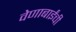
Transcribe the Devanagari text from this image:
वेणाबाईंची